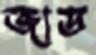
জাড